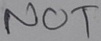
Text: NOT